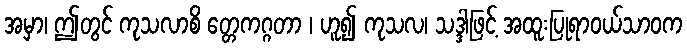
အမှာ၊ ဤတွင် ကုသလာစိ တ္တေကဂ္ဂတာ ၊ ဟူ၍ ကုသလ၊ သဒ္ဒါဖြင့် အထူးပြုရာဝယ်သာဝက